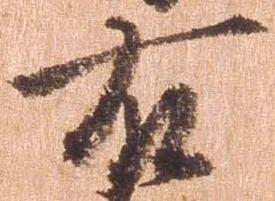
右